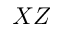
X Z